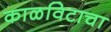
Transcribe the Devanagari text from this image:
काळविटाचा